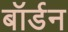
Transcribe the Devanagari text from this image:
बॉर्डन